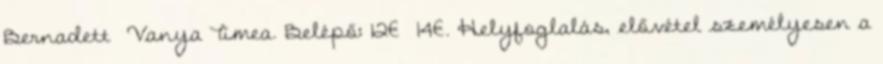
Bernadett Vanya Tímea. Belépő: 12€ 14€. Helyfoglalás, elővétel személyesen a